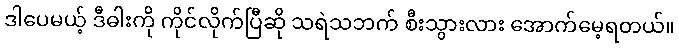
ဒါပေမယ့် ဒီဓါးကို ကိုင်လိုက်ပြီဆို သရဲသဘက် စီးသွားလား အောက်မေ့ရတယ်။